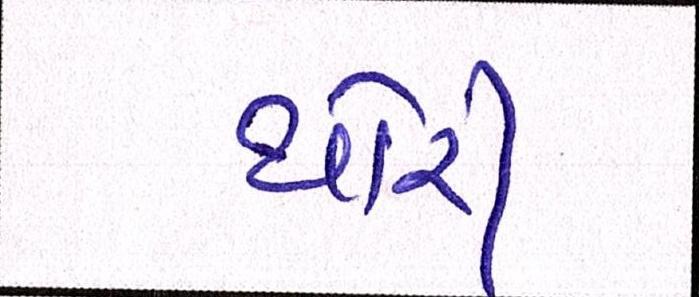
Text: થોરી